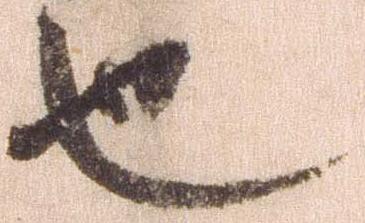
也